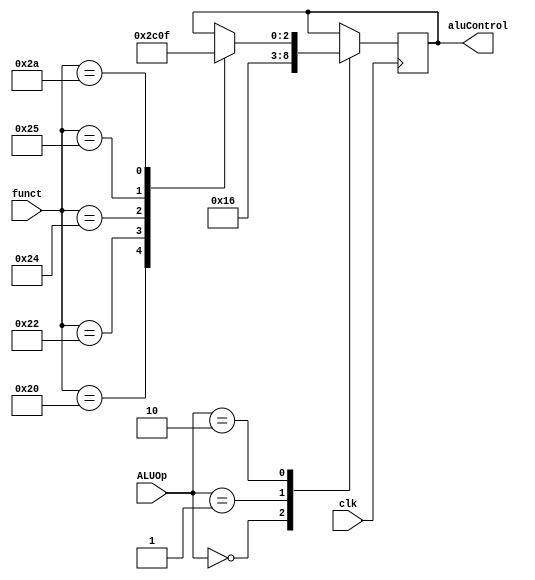


module AluControl(
input clk,
input [1:0]ALUOp,
input [5:0] funct,
output reg [2:0] aluControl
);
always @(posedge clk) begin
	case(ALUOp)
		2'b00: begin // Load Or Store Instruction
			aluControl <= 3'b010;
		end
		2'b01:begin // Branch Instructions
			aluControl <= 3'b110;
		end
		2'b10:begin // R Type Instructions
 			case(funct)
   				6'b100000:begin // ADD 
					aluControl <= 3'b010;
   				end 
				6'b100010:begin //SUB
					aluControl <= 3'b110;
				end	
				6'b100100:begin //AND
					aluControl <= 3'b000;
				end
				6'b100101:begin //OR
					aluControl <= 3'b001;
				end
				6'b101010:begin //SLT
				 	aluControl <= 3'b111;
				end
 			endcase
		end		
	endcase
end 
endmodule